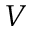
V